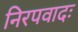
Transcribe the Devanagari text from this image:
निरपवादः